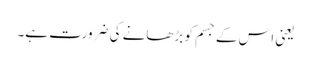
یعنی اس کے جسم کو بڑھانے کی ضرورت ہے۔